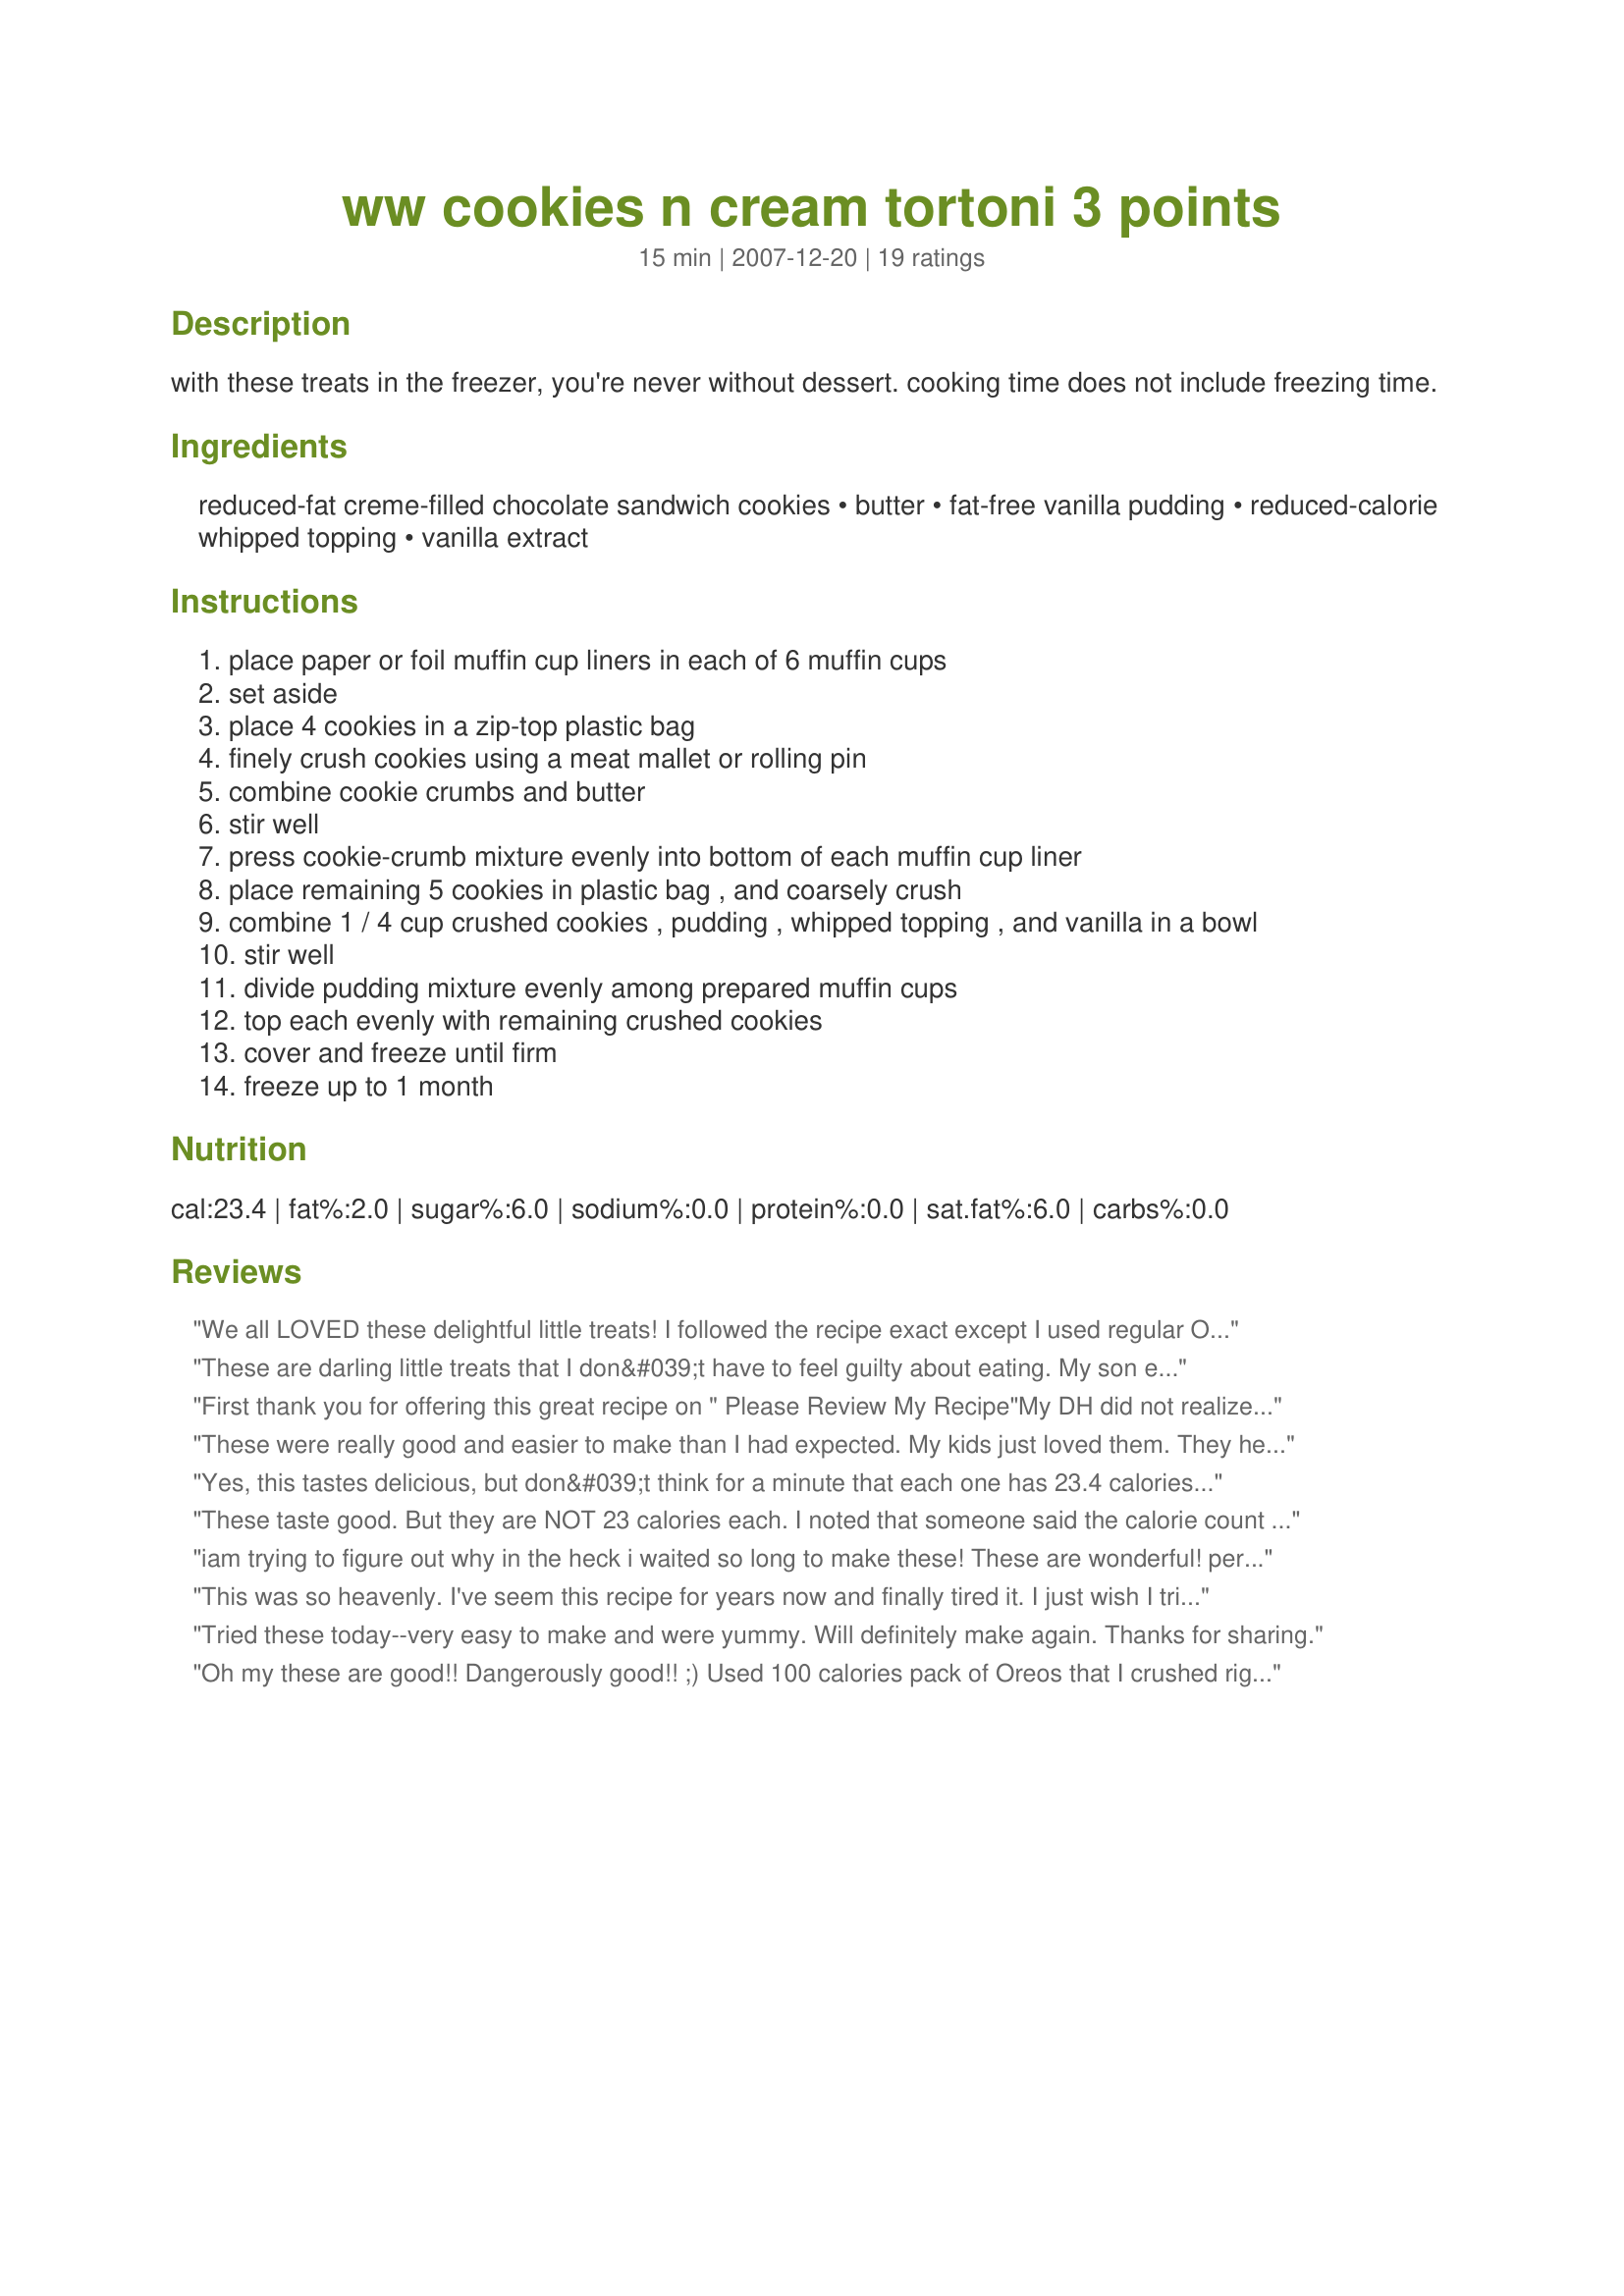
ww cookies n cream tortoni 3 points
Preparation time: 15 minutes

with these treats in the freezer, you're never without dessert. cooking time does not include freezing time.

Ingredients:
reduced-fat creme-filled chocolate sandwich cookies, butter, fat-free vanilla pudding, reduced-calorie whipped topping, vanilla extract

Steps:
place paper or foil muffin cup liners in each of 6 muffin cups
set aside
place 4 cookies in a zip-top plastic bag
finely crush cookies using a meat mallet or rolling pin
combine cookie crumbs and butter
stir well
press cookie-crumb mixture evenly into bottom of each muffin cup liner
place remaining 5 cookies in plastic bag , and coarsely crush
combine 1 / 4 cup crushed cookies , pudding , whipped topping , and vanilla in a bowl
stir well
divide pudding mixture evenly among prepared muffin cups
top each evenly with remaining crushed cookies
cover and freeze until firm
freeze up to 1 month

Reviews:
We all LOVED these delightful little treats! I followed the recipe exact except I used regular OREOs. Next time I will crush the cookies that get mixed into the pudding/Cool Whip mix finer so we get cookie in every bite (although the cookie chunks were tasty, too). One thing to make note of: if you make these a few hours before serving, take them out about a half hour before trying to eat, as they get very hard. I made mine in a 6-cup silicone cupcake pan and didn't use paper or foil liners. They popped right out! Thanks for sharing this...we're all trying to eat healthier and even with the regular OREOs, I figured these at about 150 calories and 6 grams of fat each. Not bad for such a tasty, unique dessert! (Made for 1-2-3 Hits)
These are darling little treats that I don&#039;t have to feel guilty about eating. My son especially was very excited about them and made sure he knew the spot in the freezer which they are kept. My daughter too, packed them for her school snack tomorrow. I love them for their ease as well. A definite quick treat to whip up for myself and the family. Thank you TeresaS for sharing. Played it for PRMR game.
First thank you for offering this great recipe on " Please Review My Recipe"<br/><br/>My DH did not realize they were on my diet. He thought I went off for the night.<br/><br/>I found that if I put them in my plastic muffins I could take them out very easily.<br/><br/>Thanks again for offering this recipe. I was the lucky one to snatch this one up first. <br/><br/>We all vote 10 Stars
These were really good and easier to make than I had expected. My kids just loved them. They helped make these and I think they ate more before they were set then after. Thanks so much for sharing.
Yes, this tastes delicious, but don&#039;t think for a minute that each one has 23.4 calories and 1.5g of carbs. The nutrition facts are very misleading. I almost didn&#039;t notice that at the bottom it says the cookies and the pudding are not included in the nutrition facts. I have a diabetic son, and this would have been very dangerous if we only counted 1.5 grams of carbs. I don&#039;t know what the real WW points are, but following the recipe exactly makes them 138 calories each.
These taste good. But they are NOT 23 calories each. I noted that someone said the calorie count states it doesn't include the pudding or oreo. What is up with that one?!! I get about 115 calories per serving. So disappointed they were advertised for 23 calories. And I don't think they make fat free pudding anymore. Couldn't find it in the store nor online. But it looks like the sugar free pudding is less in calories than the fat free, so that is ok. Someone needs to change the calorie count. That is just nutty!
iam trying to figure out why in the heck i waited so long to make these! These are wonderful! perfect for one of those "cravings"! I used fat free cool whip and the 100 calorie oreo thin crisps. if you use those it is 2 points per dessert cup!(use two bags) I love frozen desserts(basically because i dont bake) so iam on always on the lookout for a ww one. thank you for posting a great recipe!
This was so heavenly. I've seem this recipe for years now and finally tired it. I just wish I tried it earlier....I've been missing out all these years! husband loved it along with my 3 year old son
Tried these today--very easy to make and were yummy. Will definitely make again. Thanks for sharing.
Oh my these are good!! Dangerously good!! ;) Used 100 calories pack of Oreos that I crushed right in the bag (saved some time!!) and halved the recipe (since I don't trust myself with sweets!!). Thanks Teresa!! :)
Yummy! So delicious; you'd never know it's WW! Thanks for a great dessert!
mmm mmmm Good! This tastes just like ice cream but without the guilt! My fiance and I both loved them. I made them with sugar free, fat free pudding cups and did not miss the sugar AT ALL. No strange aftertaste or anything! Thank you so much for taking the time to post this wonderful recipe TeresaS! I WILL make again.
After making these those plain ice bars will never be bought again. Adding the calories saved here, these are defineately worth it. Less trips to DQ too. Great tasting, you can't tellthe difference ww or not. Made for Zaar Stars.
YUM! These are fabulous! I made them with Better Bowls sugar-free vanilla pudding, the 1 1/2tsp butter, cool whip lite and regular oreos. They still came out to 3 points on WW points plus. I would like these whether I'm on a diet or not. It gives me ideas to do a chocolate version, a mint version, a banana creme pie version...Made for the Zaar Stars tag game.
This was very good. I forgot to put in the vanilla, but it was very good anyways.
These were quite simple to make and very enjoyable. I don't have a large muffin tin for some reason so I used small plastic dessert bowls and they worked perfectly. Very sweet and delicious little treat without the added calories and fat ~ PERFECT! Thanks TeresaS ~ made for PAC Spring 2009!
I didn't know how to rate this recipe. Now I see I made a mistake LOL I'll have to try it again later. I used instant pudding mix. I thought it was too dry so I added more whipped topping. But my mistake is that it was not the good pudding LOL But it's not bad but not the best (with my mistake). I didn't find reduced-fat Oreo's. If I do it again, I'll have to find reduced-fat. Thanks Teresa. Made for Potluck tag
These were very nice! They seemed a little icy but that could be my freezer and not the fault of the recipe. I used fat-free whip and a little more butter than called for (1 1/2 Tbsp not tsp). Otherwise followed the recipe exact. Thanks for posting! [Made for PRMR Holiday Special]
Calculating with the cookies and the pudding (I actually used sugar free instead of reduced fat) the total Calorie Count comes out to about 80-83 calories when divided into the 6 servings, which still isn&#039;t bad at all for such a delicious treat!
